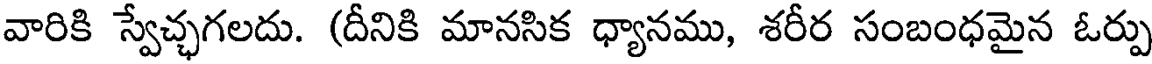
వారికి స్వేచ్ఛగలదు. (దీనికి మానసిక ధ్యానము, శరీర సంబంధమైన ఓర్పు